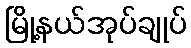
မြို့နယ်အုပ်ချုပ်